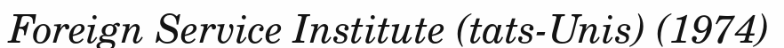
Foreign Service Institute (tats-Unis) (1974)